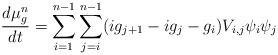
LaTeX: \begin{align*}\frac{d\mu_g^n}{dt} = \sum_{i=1}^{n-1}\sum_{j=i}^{n-1}(ig_{j+1}-ig_j-g_i)V_{i,j}\psi_i\psi_j \end{align*}